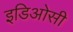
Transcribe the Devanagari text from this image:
इडिओसी